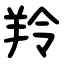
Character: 羚